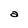
Character: a